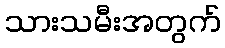
သားသမီးအတွက်